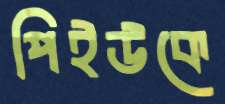
পিইউকে